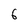
Character: 6